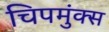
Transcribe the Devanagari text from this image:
चिपमुंक्स